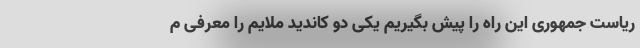
ریاست جمهوری این راه را پیش بگیریم یکی دو کاندید ملایم را معرفی م